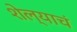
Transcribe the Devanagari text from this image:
शेल्याचं